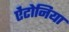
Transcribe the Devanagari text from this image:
ऐंटोनिया